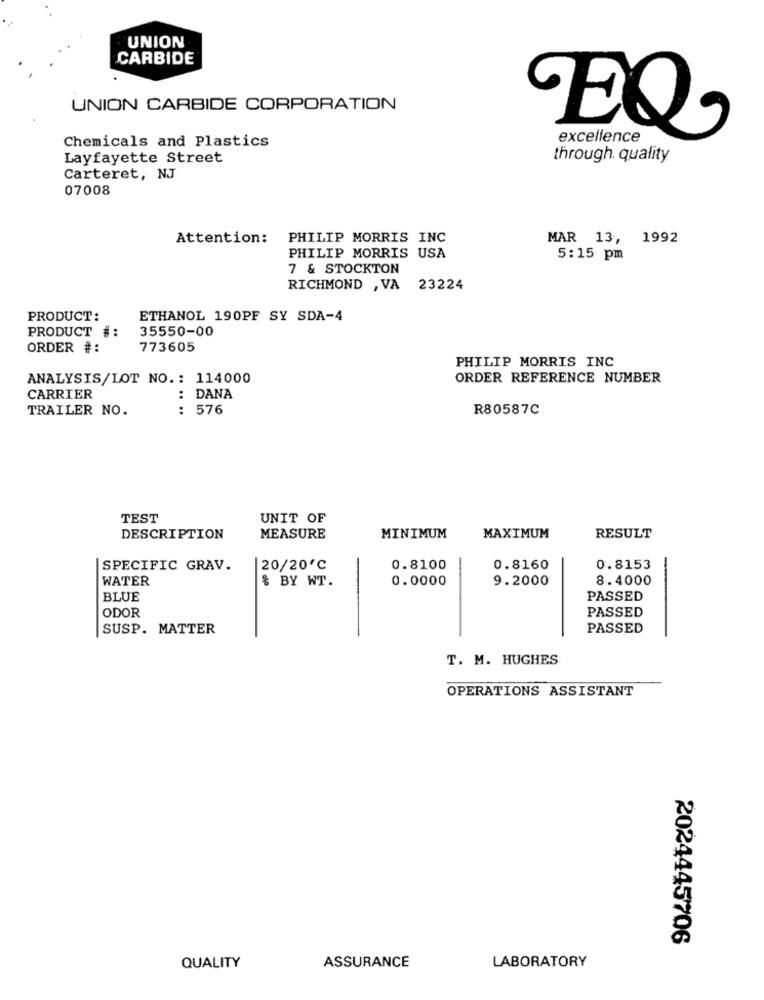
UNION
CARBIDE
UNION CARBIDE CORPORATION
Chemicals and Plastics
EQ
excellence
Layfayette Street
through. quality
Carteret, NJ
07008
Attention:
PHILIP MORRIS INC
MAR 13, 1992
PHILIP MORRIS USA
5:15 pm
7 & STOCKTON
RICHMOND , VA
23224
PRODUCT:
ETHANOL 190PF SY SDA-4
PRODUCT #:
35550-00
ORDER #:
773605
PHILIP MORRIS INC
ANALYSIS/LOT NO .: 114000
ORDER REFERENCE NUMBER
CARRIER
: DANA
TRAILER NO.
...
576
R80587C
TEST
UNIT OF
DESCRIPTION
MEASURE
MINIMUM
MAXIMUM
RESULT
SPECIFIC GRAV.
20/20℃
0.8100
0.8160
0.8153
WATER
$ BY WT.
0.0000
9.2000
8.4000
BLUE
PASSED
ODOR
PASSED
SUSP. MATTER
PASSED
T. M. HUGHES
OPERATIONS ASSISTANT
2024445706
QUALITY
ASSURANCE
LABORATORY